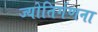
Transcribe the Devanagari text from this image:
ज्योतिर्गणना